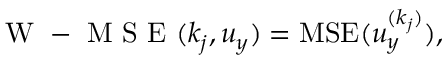
\mathrm { ~ W ~ - ~ M ~ S ~ E ~ } ( k _ { j } , u _ { y } ) = \mathrm { M S E } ( u _ { y } ^ { ( k _ { j } ) } ) ,